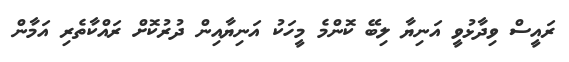
ރައީސް ވިދާޅުވީ އަނިޔާ ލިބޭ ކޮންމެ މީހަކު އަނިޔާއިން ދުރުކޮށް ރައްކާތެރި އަމާން